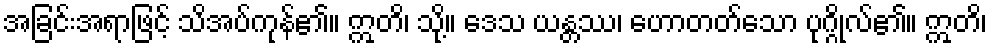
အခြင်းအရာဖြင့် သိအပ်ကုန်၏။ ဣတိ၊ သို့။ ဒေသ ယန္တဿ၊ ဟောတတ်သော ပုဂ္ဂိုလ်၏။ ဣတိ၊